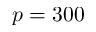
p = 3 0 0